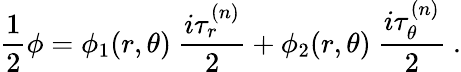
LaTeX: \frac{1}{2}\phi=\phi_{1}(r,\theta)\ \frac{i\tau_{r}^{(n)}}{2}+\phi_{2}(r,\theta)\ \frac{i\tau_{\theta}^{(n)}}{2}\ .